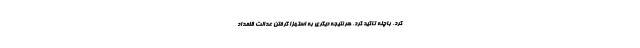
کرد. باچله تاکید کرد، هر نتیجه دیگری به استهزا گرفتن عدالت قلمداد